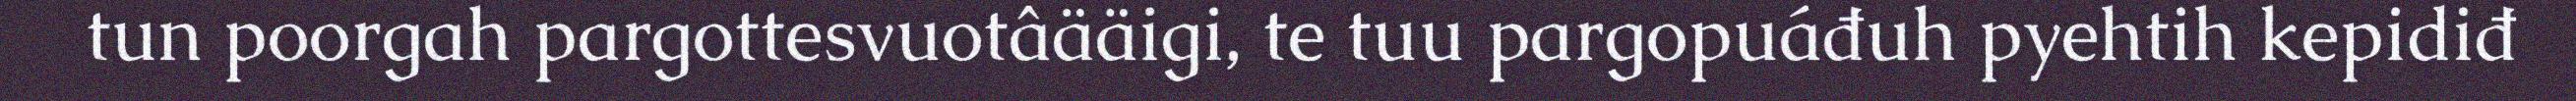
tun poorgah pargottesvuotâääigi, te tuu pargopuáđuh pyehtih kepidiđ